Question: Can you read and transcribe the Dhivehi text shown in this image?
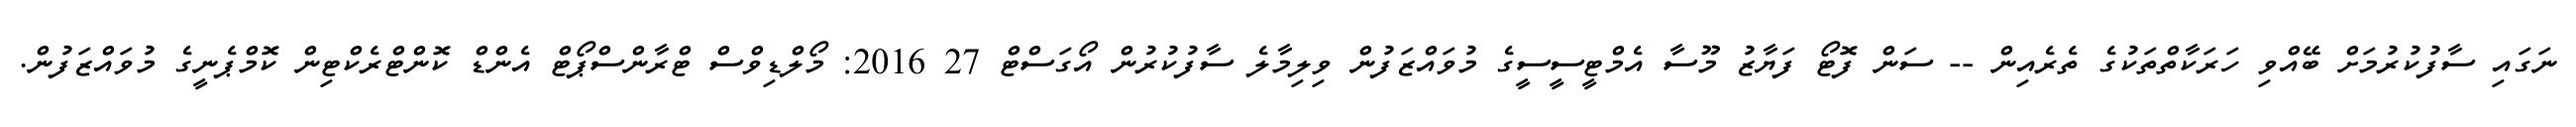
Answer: ނަގައި ސާފުކުރުމަށް ބޭއްވި ހަރަކާތްތަކުގެ ތެރެއިން -- ސަން ފޮޓޯ ފަޔާޒު މޫސާ އެމްޓީސީސީގެ މުވައްޒަފުން ވިލިމާލެ ސާފުކުރުން އޯގަސްޓް 27 2016: މޯލްޑިވްސް ޓްރާންސްޕޯޓް އެންޑް ކޮންޓްރެކްޓިން ކޮމްޕެނީގެ މުވައްޒަފުން.